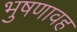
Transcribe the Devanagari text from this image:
भुषणावह